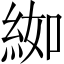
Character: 𦀌